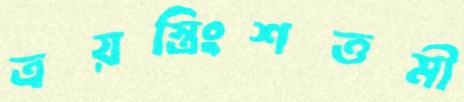
ত্রয়স্ত্রিংশত্তমী